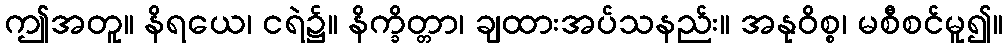
ဤအတူ။ နိရယေ၊ ငရဲ၌။ နိက္ခိတ္တာ၊ ချထားအပ်သနည်း။ အနုဝိစ္စ၊ မစီစင်မူ၍။